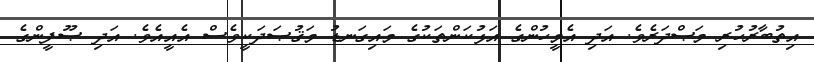
އިތުބާރުހުރި މަޞްދަރެވެ. އަދި އެމީހުންގެ އަޅުކަންތަކުގެ މައިގަނޑު މަޤުޞަދަކީވެސް އެއީއެވެ. އަދި ޞޫފީންގެ